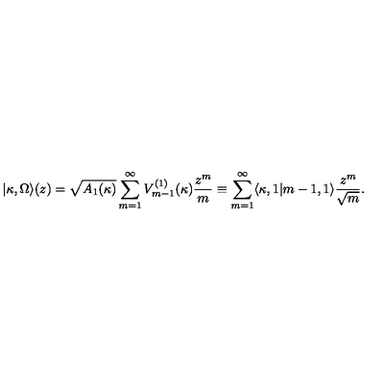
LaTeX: | \kappa , \Omega \rangle ( z ) = \sqrt { A _ { 1 } ( \kappa ) } \sum _ { m = 1 } ^ { \infty } V _ { m - 1 } ^ { ( 1 ) } ( \kappa ) \frac { z ^ { m } } { m } \equiv \sum _ { m = 1 } ^ { \infty } \langle \kappa , 1 | m - 1 , 1 \rangle \frac { z ^ { m } } { \sqrt { m } } .